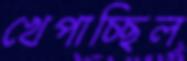
খেপাচ্ছিল